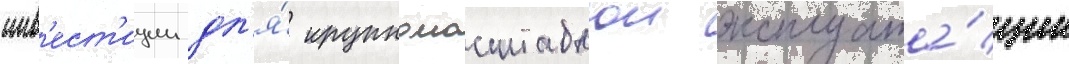
инв'ест'иции дл'я́ крупномасштабнои эксплуата́ции